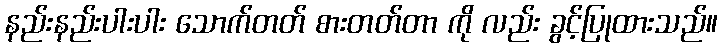
နည်းနည်းပါးပါး သောက်တတ် စားတတ်တာ ကို လည်း ခွင့်ပြုထားသည်။